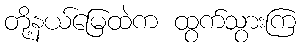
တို့နယ်မြေထဲက ထွက်သွားကြ